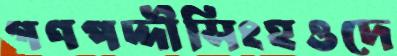
গণপদ্দীসিংহওদে